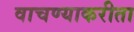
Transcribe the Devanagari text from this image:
वाचण्याकरीता